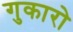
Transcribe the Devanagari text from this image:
गुकारो